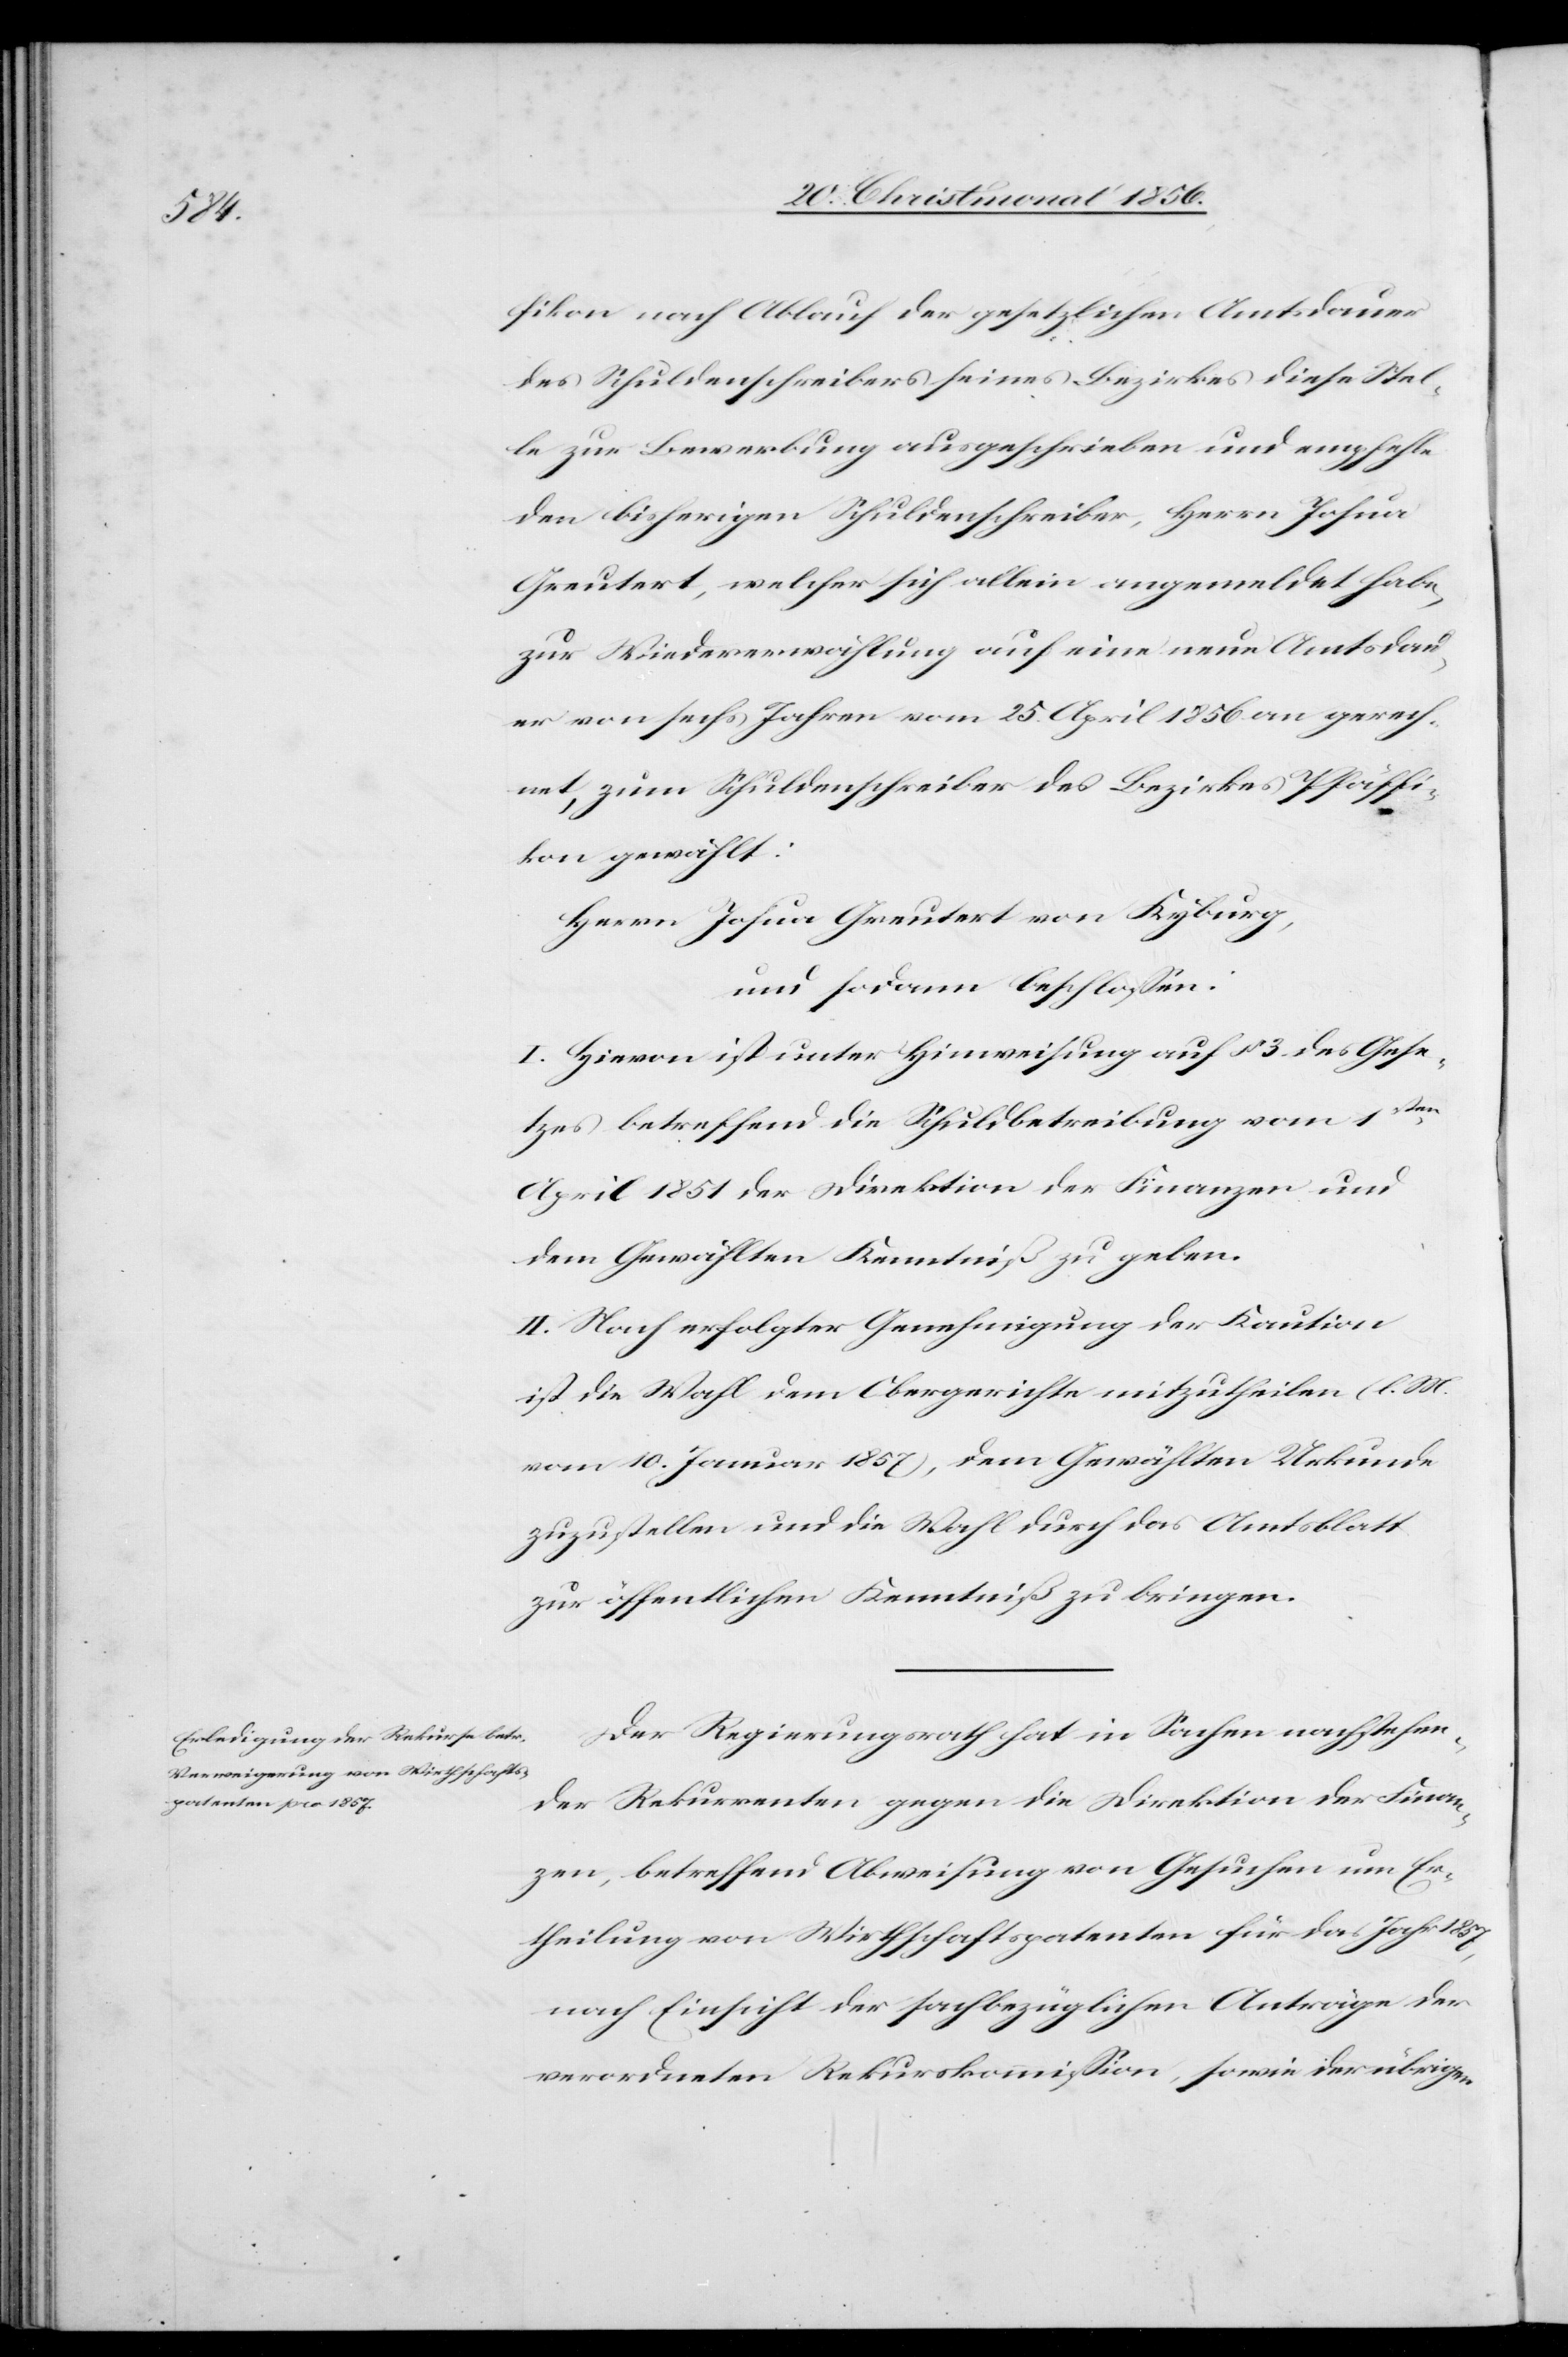
fikon nach Ablauf der gesetzlichen Amtsdauer
des Schuldenschreibers seines Bezirkes diese Stel¬
le zur Bewerbung ausgeschrieben und empfehle
den bisherigen Schuldenschreiber, Herrn Josua
Greutert, welcher sich allein angemeldet habe,
zur Wiedererwählung auf eine neue Amtsdau¬
er von sechs Jahren vom 25. April 1856 an gerech¬
net, zum Schuldenschreiber des Bezirkes Pfäffi¬
kon gewählt:
Herrn Josua Greutert von Kyburg,
und sodann beschlossen:
I. Hievon ist unter Hinweisung auf § 3 des Gese¬
tzes betreffend die Schuldbetreibung vom 1sten
April 1851 der Direktion der Finanzen und
dem Gewählten Kenntniß zu geben.
II. Nach erfolgter Genehmigung der Kaution
ist die Wahl dem Obergerichte mitzutheilen (l. M.
vom 10. Januar 1857), dem Gewählten Urkunde
zuzustellen und die Wahl durch das Amtsblatt
zur öffentlichen Kenntniß zu bringen.
Der Regierungsrath hat in Sachen nachstehen¬
der Rekurrenten gegen die Direktion der Finan¬
zen, betreffend Abweisung von Gesuchen um Er¬
theilung von Wirthschaftspatenten für das Jahr 1857,
nach Einsicht der sachbezüglichen Anträge der
verordneten Rekurskommission, sowie der übrigen